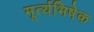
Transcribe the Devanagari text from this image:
मूर्त्यभिषेक